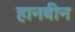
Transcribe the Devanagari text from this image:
हानबीन